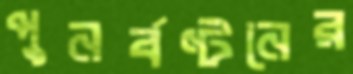
পুনর্বণ্টনের